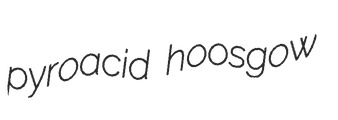
pyroacid hoosgow